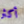
أكثر